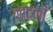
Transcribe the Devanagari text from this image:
छाटलीं